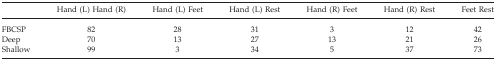
<table><thead><tr><td></td><td><b>Hand (L) Hand (R)</b></td><td><b>Hand (L) Feet</b></td><td><b>Hand (L) Rest</b></td><td><b>Hand (R) Feet</b></td><td><b>Hand (R) Rest</b></td><td><b>Feet Rest</b></td></tr></thead><tbody><tr><td>FBCSP</td><td>82</td><td>28</td><td>31</td><td>3</td><td>12</td><td>42</td></tr><tr><td>Deep</td><td>70</td><td>13</td><td>27</td><td>13</td><td>21</td><td>26</td></tr><tr><td>Shallow</td><td>99</td><td>3</td><td>34</td><td>5</td><td>37</td><td>73</td></tr></tbody></table>